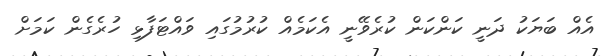
އެއް ބަޔަކު ދަނީ ކަންކަން ކުރެވޭނީ އެކަމެއް ކުރުމުގައި ވައްޓަފާޅި ހުރެގެން ކަމަށް